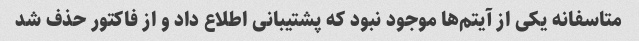
متاسفانه یکی از آیتم‌ها موجود نبود که پشتیبانی اطلاع داد و از فاکتور حذف شد